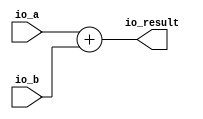
// Generator : SpinalHDL v1.4.3    git head : adf552d8f500e7419fff395b7049228e4bc5de26
// Component : MyAdder
// Git hash  : 93623a911ca2a3bca99c265ef91c1725ae014ed1



module MyAdder (
  input      [31:0]   io_a,
  input      [31:0]   io_b,
  output     [31:0]   io_result
);

  assign io_result = (io_a + io_b);

endmodule